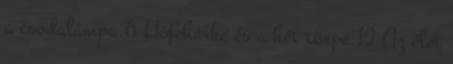
a csodalámpa.6 Hófehérke és a hét törpe.12 Az élet